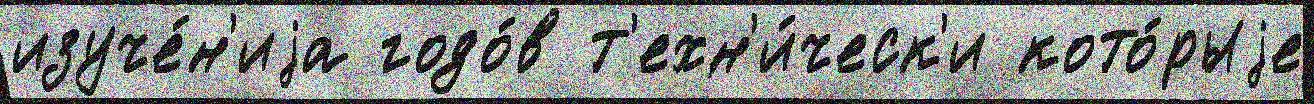
изуче́н'иjа годо́в т'ехн'и́ческ'и кото́рыjе